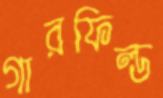
গারফিল্ড